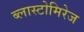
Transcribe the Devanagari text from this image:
ब्लास्टोमिरेज